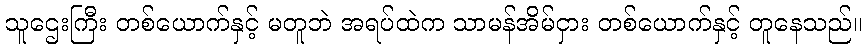
သူဌေးကြီး တစ်ယောက်နှင့် မတူဘဲ အရပ်ထဲက သာမန်အိမ်ငှား တစ်ယောက်နှင့် တူနေသည်။